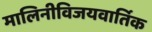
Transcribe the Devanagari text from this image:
मालिनीविजयवार्तिक